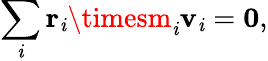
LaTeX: \sum_{\mathit{i}}\mathbf{{r}}_{\mathit{i}}\timesm_{\mathit{i}}\mathbf{{v}}_{\mathit{i}}=\mathbf{{0}},